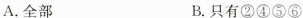
A.全部 B.只有②④⑤⑥